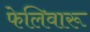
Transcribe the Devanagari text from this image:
फेलिवारू